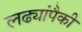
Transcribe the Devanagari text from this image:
लढ्यांपैकी